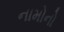
નામોનો